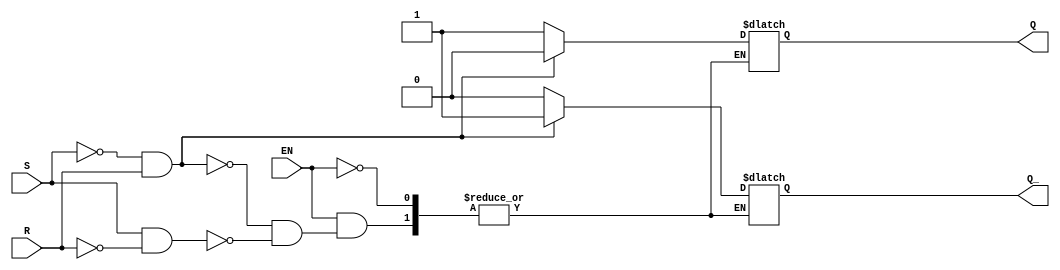
module sr_ff_en(input S, input R, input EN, output reg Q, output reg Q_);

always @ (S or R or EN)
begin
    if(EN)
    begin
        if(!S && R) //reset Q
        begin
            Q <= 0;
            Q_ <= 1;
        end
        else if(S && !R) //set Q
        begin
            Q <= 1;
            Q_ <= 0;
        end
    end
end

endmodule